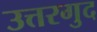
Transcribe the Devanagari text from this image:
उत्तरगुद